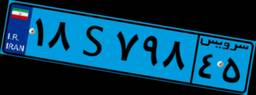
۸۱S۲۳۵۲۴